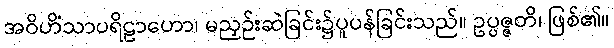
အဝိဟိံသာပရိဠာဟော၊ မညှဉ်းဆဲခြင်း၌ပူပန်ခြင်းသည်။ ဥပ္ပဇ္ဇတိ၊ ဖြစ်၏။